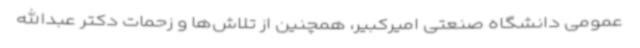
عمومی دانشگاه صنعتی امیرکبیر، همچنین از تلاش‌ها و زحمات دکتر عبدالله